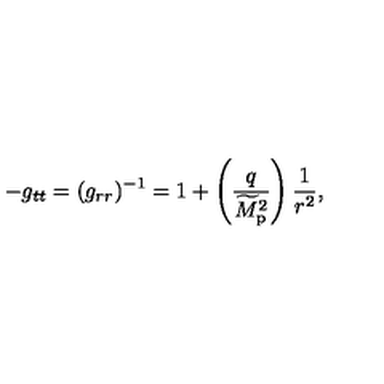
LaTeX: - g _ { t t } = ( g _ { r r } ) ^ { - 1 } = 1 + \left( { \frac { q } { \widetilde { M } _ { \mathrm { p } } ^ { 2 } } } \right) { \frac { 1 } { r ^ { 2 } } } ,